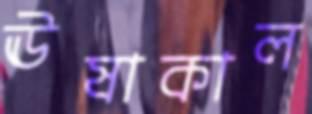
ঊষাকাল